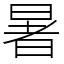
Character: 暑